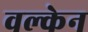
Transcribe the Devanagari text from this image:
वल्केन